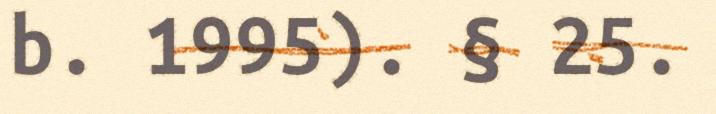
b. 1995). § 25.